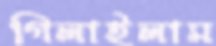
গিলাইলাম